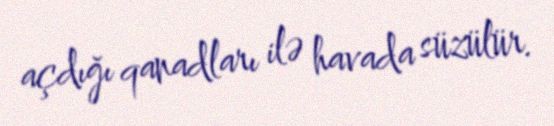
açdığı qanadları ilə havada süzülür.